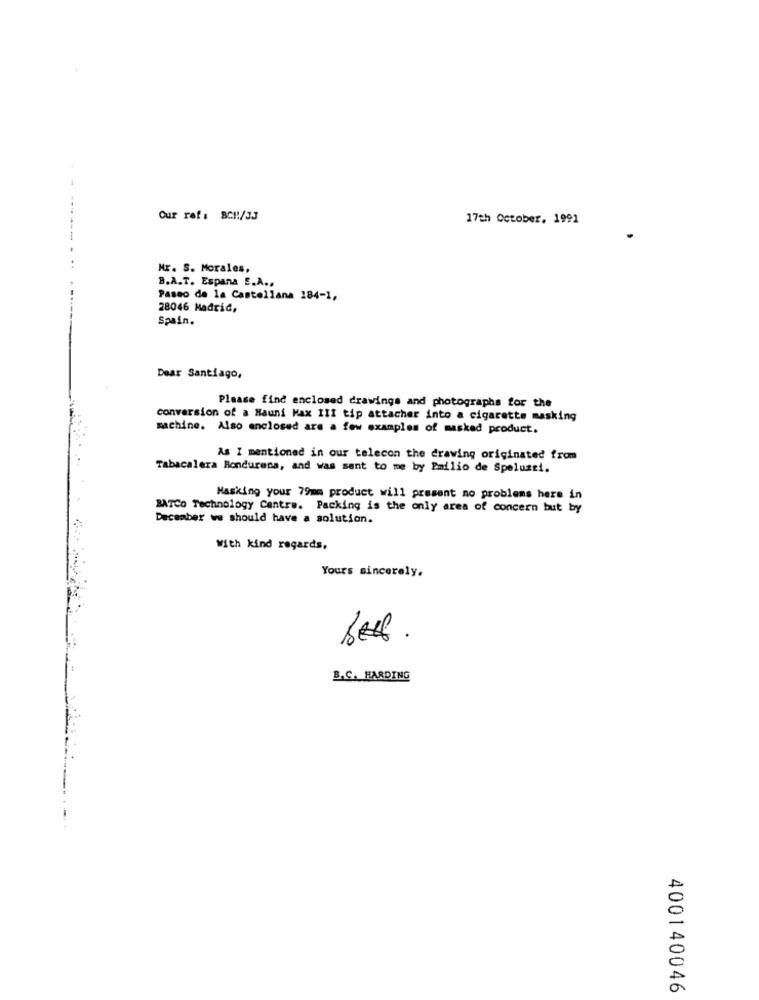
Our raf : BC !! /33
17th October, 1991
Mr. S. Morales,
B.A.T. Espana E.A ..
Paseo de la Castellana 184-1,
28046 Madrid,
Spain.
Dear Santiago,
Please find enclosed drawings and photographs for the
conversion of a Hauni Max III tip attacher into a cigarette masking
machine. Also enclosed are a few examples of masked product.
As I mentioned in our telecon the drawing originated from
Tabacalera Bondurena, and was sent to me by Emilio de Spolusti.
Masking your 79mm product will present no problems here in
BATCO Technology Centre. Packing is the only area of concern but by
December we should have a solution.
With kind regards,
Yours sincerely.
best.
B.C. HARDING
400140046